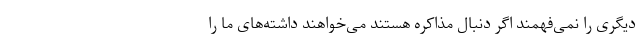
دیگری را نمی‌فهمند اگر دنبال مذاکره هستند می‌خواهند داشته‌های ما را